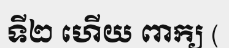
ទី២ ហើយ ពាក្យ (